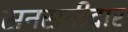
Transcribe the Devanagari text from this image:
सनसनीदार